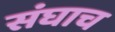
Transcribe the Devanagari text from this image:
संघाच